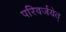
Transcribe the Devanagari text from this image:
परिवर्जयेत्